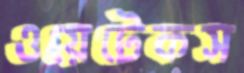
ওয়েটেকস